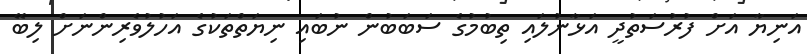
އަނިޔާ އަށް ފުރުސަތުދީ އަޅާނުލައި ތިބުމުގެ ސަބަބުން ނުބައި ނިޔަތްތަކުގެ އަހުލުވެރިންނަށް ލިބޭ